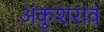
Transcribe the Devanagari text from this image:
अंकुशराव